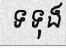
ទទុង